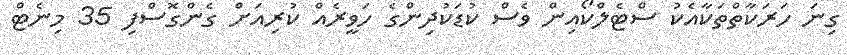
ގިނަ ހަރަކާތްތަކާއެކު ސްޓެލްކޯއިން ވެސް ކުޑަކުދިންގެ ހަވީރެއް ކުރިއަށް ގެންގޮސްފި 35 މިނެޓް